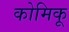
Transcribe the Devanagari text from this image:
कोमिकू